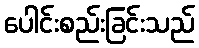
ပေါင်းစည်းခြင်းသည်